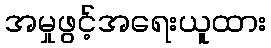
အမှုဖွင့်အရေးယူထား